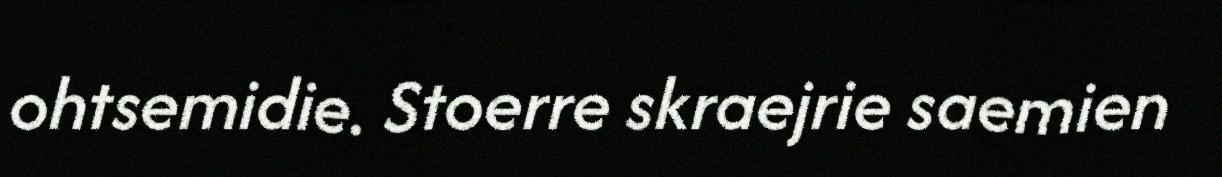
ohtsemidie. Stoerre skraejrie saemien